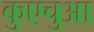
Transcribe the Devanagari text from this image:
कुएचुआ